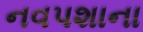
નવપશાના